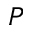
P